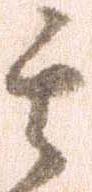
其